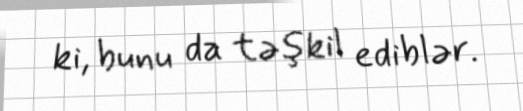
ki, bunu da təşkil ediblər.